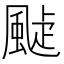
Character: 𩗟